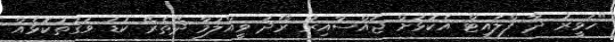
"ހަވީރު ދާ ފްލައިޓް އެކޮޅަށް ޖައްސާއިރު ރޯދަ ވީއްލުމާ ދޭތެރޭ ކުޑަ ވަގުތުކޮޅެއް